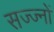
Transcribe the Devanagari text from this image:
सज्ज्नों